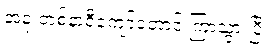
အခု တစ်နာရီကျော်တောင် ကြာသွားပြီ။